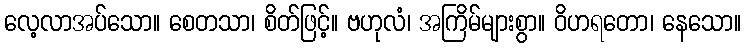
လေ့လာအပ်သော။ စေတသာ၊ စိတ်ဖြင့်။ ဗဟုလံ၊ အကြိမ်များစွာ။ ဝိဟရတော၊ နေသော။